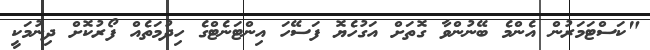
"ކަސްޓަމަރުން އެންމެ ބޭނުންވާ ގޮތަށް އަގުހެޔޮ ފަސޭހަ އިންޓަނެޓްގެ ހިދުމަތެއް ފޯރުކޮށް ދިނުމަކީ